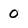
Character: 0